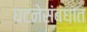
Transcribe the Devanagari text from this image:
घटनेसंबंधात